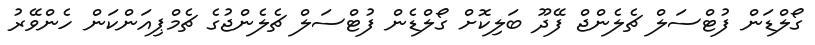
ގޯލްޑަން ފުޓްސަލް ޗެލެންޖް ފޭދޫ ބަލިކޮށް ގޯލްޑެން ފުޓްސަލް ޗެލެންޖުގެ ޗެމްޕިއަންކަން ހެންވޭރު